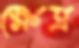
ক্ষেত্র